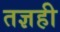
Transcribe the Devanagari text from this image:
तज्ञही